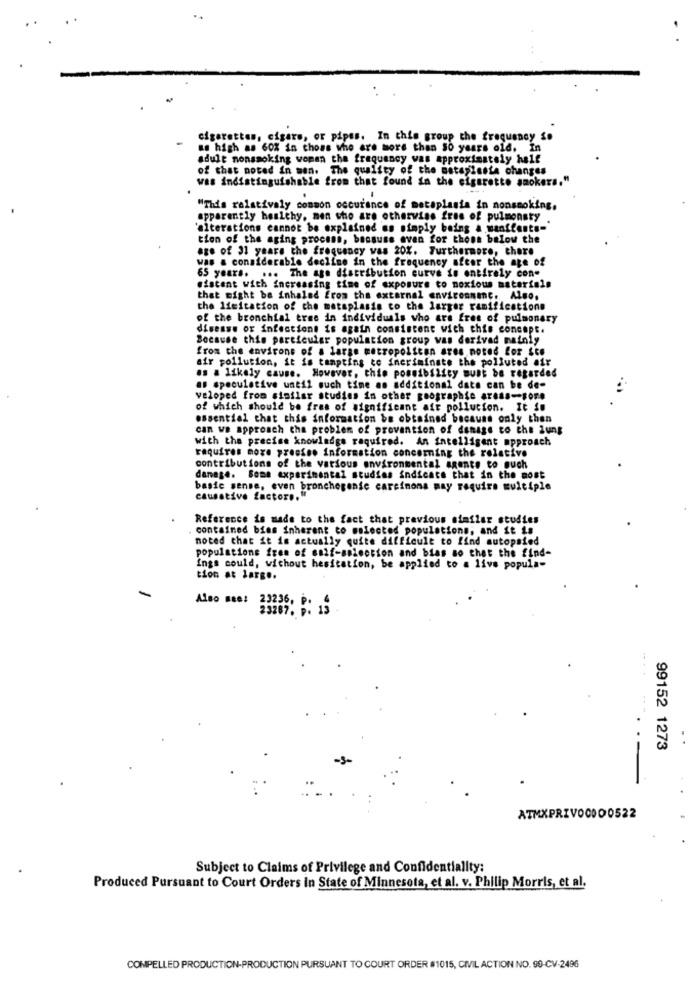
cigarettes, cigars, or pipes. In this group the frequency So
as high as 60% in those who are more than So years old. In
adult nonsmoking woman the frequency was approximately half
of that noted in man. The quality of the nataflesta changes
was indistinguishable from that found in the cigarette smokers."
"This relatively common occurance of metaplasia in nonsmoking,
apparently healthy, men who are otherwise free of pulmonsty
'alterations cannot be explained as simply being a manifeste-
tion of the aging procans, because even for those below the
age of 31 years the frequency was 20%. Furthermore, there
was & considerable decline in the frequency sfeer the age of
65 years. ... The age distribution curve is entirely con-
sistent with increasing time of exposure to noxious materials
that might be inhaled from the external environnane. Also.
the limitation of the matsplasis to the larger ramifications
of the bronchial tree in individuals who are free of pulmonary
disease or infections is again consistent with this concept.
Because this particular population group was derivad mainly
from the environs of a large metropolscan ares noted for sen
air pollution, it is tempting to ineriminate the polluted air
as a likely cause. However, this possibility must be regarded
as speculative until much time an additional date can be de-
veloped from similar studies in other geographie areas-sore
of which should be free of significant air pollution. It is
essential that this information be obtained because only then
can we approach the problem of provantion of damage to che jung
with the precise knowledge required. An intelligent approach
requires more presses information concerning the relative
contributions of the various environmental agente to such
danage. Some experimental studies indicate that in the most
basic sense, even bronchegente carcinons may require multiple
causative factors."
Reference is made to the fact that previous similar studies
contained bias inherent co malected populations; and it is
noted that it is actually quite difficult to find autopsied
populations free of self-selection and bias so that the find-
Ings could, without hesitation, be applied to a livs popula-
tion at large.
-
Also see:
23287. P: 13
99152 1273
ATMXPRIVO0000522
Subject to Claims of Privilege and Confidentiality:
Produced Pursuant to Court Orders in State of Minnesota, et al. v. Philip Morris, et al.
COMPELLED PRODUCTION-PRODUCTION PURSUANT TO COURT ORDER #1015, CIVIL ACTION NO. 90-CV-2496